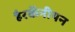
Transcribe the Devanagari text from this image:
हैरकॅनीयन